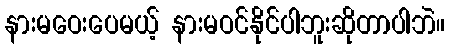
နားမဝေးပေမယ့် နားမဝင်နိုင်ပါဘူးဆိုတာပါဘဲ။